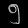
Digit: ၅